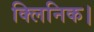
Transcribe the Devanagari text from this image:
क्लिनिक।